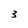
Character: 3